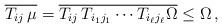
LaTeX: \begin{align*}\overline{T_{ij} \, \mu}= \overline{ T_{ij} \,T_{i_1 j_1} \cdots T_{i_{\ell} j_{\ell}} \Omega}\leq \Omega \, ,\end{align*}